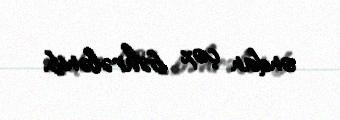
ondan çox bəhrələnib.